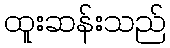
ထူးဆန်းသည်